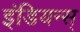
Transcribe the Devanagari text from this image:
इंडियन्स्